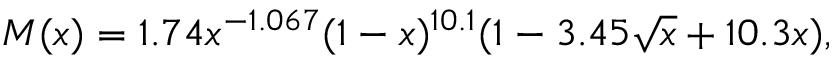
M ( x ) = 1 . 7 4 x ^ { - 1 . 0 6 7 } ( 1 - x ) ^ { 1 0 . 1 } ( 1 - 3 . 4 5 \sqrt { x } + 1 0 . 3 x ) ,